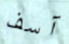
آسف